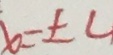
x = \pm 4